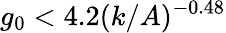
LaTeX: g_{0}<4.2(k/A)^{-0.48}